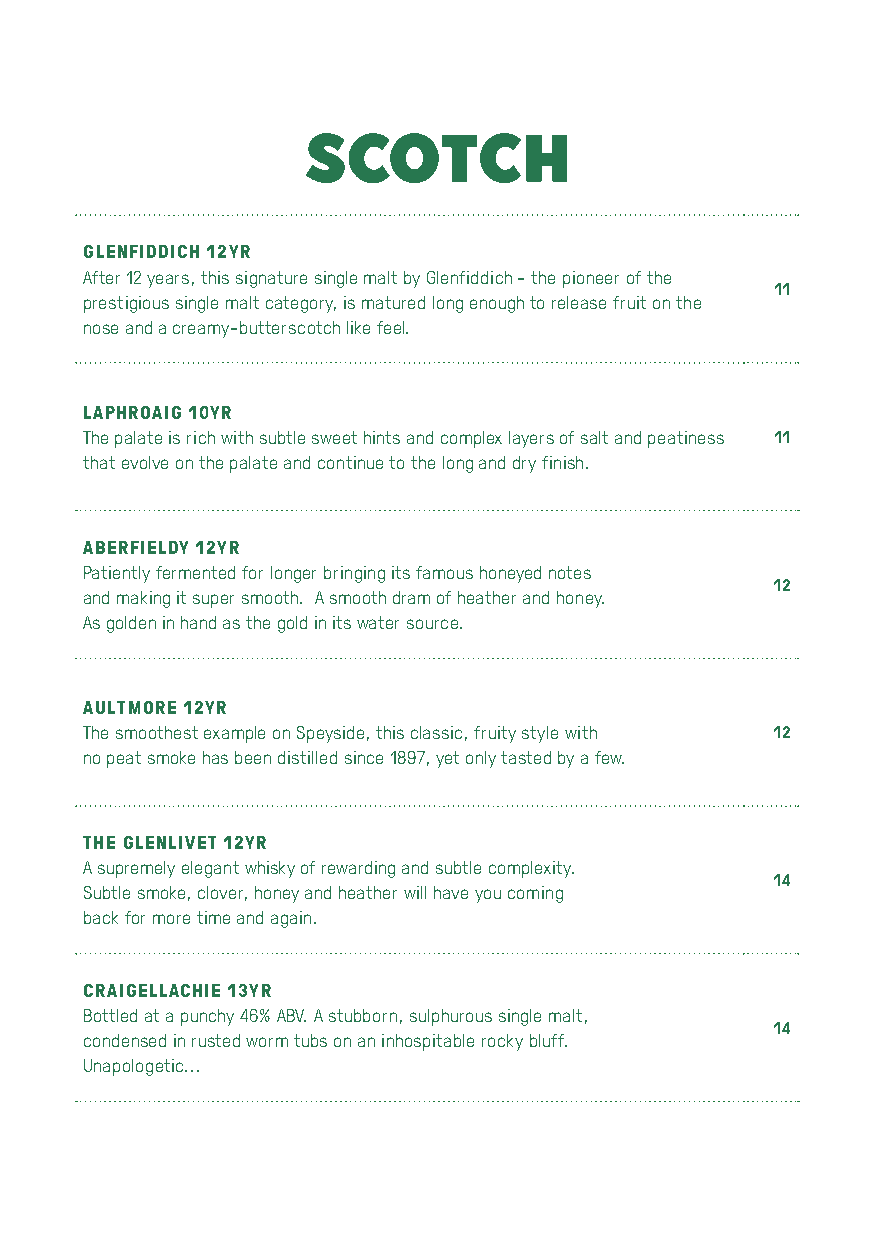
SCOTCH
 GLENFIDDICH 12YR
 After 12 years, this signature single malt by Glenfiddich - the pioneer of the
 11
 prestigious single malt category, is matured long enough to release fruit on the
 nose and a creamy-butterscotch like feel.
 LAPHROAIG 10YR
 The palate is rich with subtle sweet hints and complex layers of salt and peatiness 11
 that evolve on the palate and continue to the long and dry finish.
 ABERFIELDY 12YR
 Patiently fermented for longer bringing its famous honeyed notes
 12
 and making it super smooth. A smooth dram of heather and honey.
 As golden in hand as the gold in its water source.
 AULTMORE 12YR
 The smoothest example on Speyside, this classic, fruity style with 12
 no peat smoke has been distilled since 1897, yet only tasted by a few.
 THE GLENLIVET 12YR
 A supremely elegant whisky of rewarding and subtle complexity.
 14
 Subtle smoke, clover, honey and heather will have you coming
 back for more time and again.
 CRAIGELLACHIE 13YR
 Bottled at a punchy 46% ABV. A stubborn, sulphurous single malt,
 14
 condensed in rusted worm tubs on an inhospitable rocky bluff.
 Unapologetic...